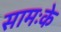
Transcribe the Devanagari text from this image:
सामःके